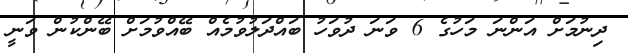
ދިނުމަށް އަންނަ މަހުގެ 6 ވަނަ ދުވަހު ބައްދަލުވުމެއް ބޭއްވުމަށް ބޭންކުން ވަނީ